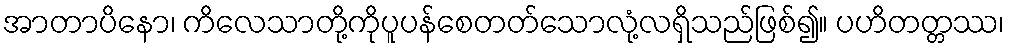
အာတာပိနော၊ ကိလေသာတို့ကိုပူပန်စေတတ်သောလုံ့လရှိသည်ဖြစ်၍။ ပဟိတတ္တဿ၊